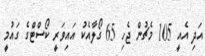
އަދި އެއީ 105 މެޗުން ޖެހި 65 ގޯލާއެކު އައިވަރީ ކޯސްޓްގެ ގައުމީ